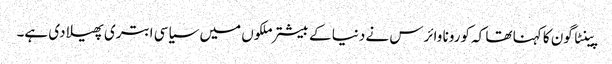
پینٹا گون کا کہنا تھا کہ کورونا وائرس نے دنیا کے بیشتر ملکوں میں سیاسی ابتری پھیلا دی ہے۔